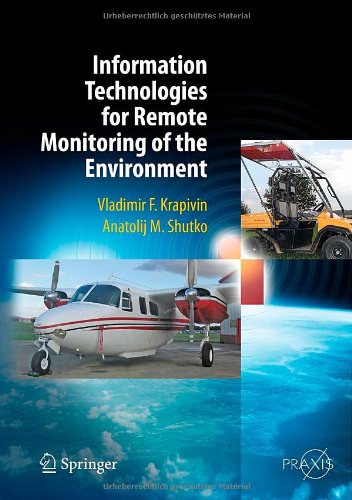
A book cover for Information Technologies for Remote Monitoring of the Environment (Springer Praxis Books); Vladimir F. Krapivin; Engineering & Transportation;